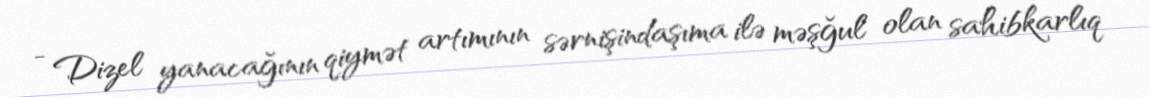
- Dizel yanacağının qiymət artımının sərnişindaşıma ilə məşğul olan sahibkarlıq